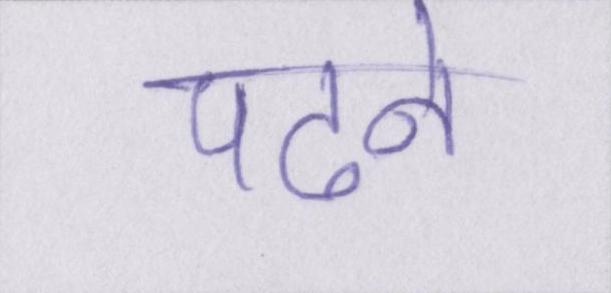
पढने